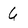
Character: 6